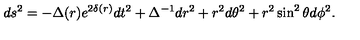
d s ^ { 2 } = - \Delta ( r ) e ^ { 2 \delta ( r ) } d t ^ { 2 } + \Delta ^ { - 1 } d r ^ { 2 } + r ^ { 2 } d \theta ^ { 2 } + r ^ { 2 } \sin ^ { 2 } \theta d \phi ^ { 2 } .